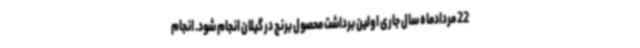
22 مردادماه سال جاری اولین برداشت محصول برنج در گیلان انجام شود. انجام